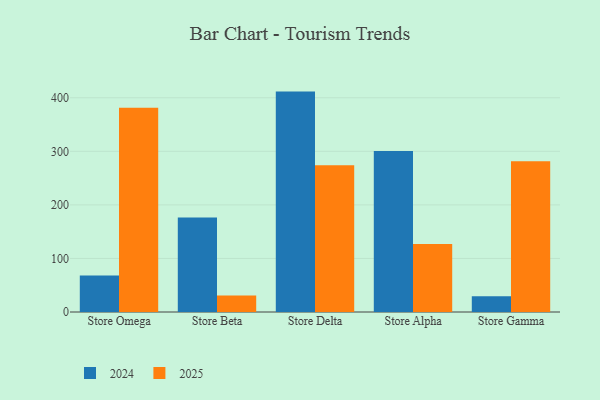
{"axis": {"x": "Store", "y": "Revenue (USD Million)"}, "legend": ["2024", "2025"], "data": [{"x": "Store Omega", "y": 381.5, "type": "2025"}, {"x": "Store Omega", "y": 68.2, "type": "2024"}, {"x": "Store Beta", "y": 30.9, "type": "2025"}, {"x": "Store Beta", "y": 176.5, "type": "2024"}, {"x": "Store Delta", "y": 273.8, "type": "2025"}, {"x": "Store Delta", "y": 411.5, "type": "2024"}, {"x": "Store Alpha", "y": 127.0, "type": "2025"}, {"x": "Store Alpha", "y": 300.6, "type": "2024"}, {"x": "Store Gamma", "y": 281.4, "type": "2025"}, {"x": "Store Gamma", "y": 29.5, "type": "2024"}]}